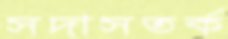
সদাসতর্ক